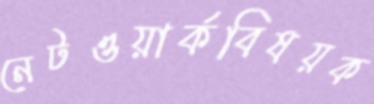
নেটওয়ার্কবিষয়ক